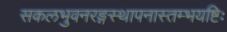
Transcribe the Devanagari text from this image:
सकलभुवनरङ्गस्थापनास्तम्भयष्टिः